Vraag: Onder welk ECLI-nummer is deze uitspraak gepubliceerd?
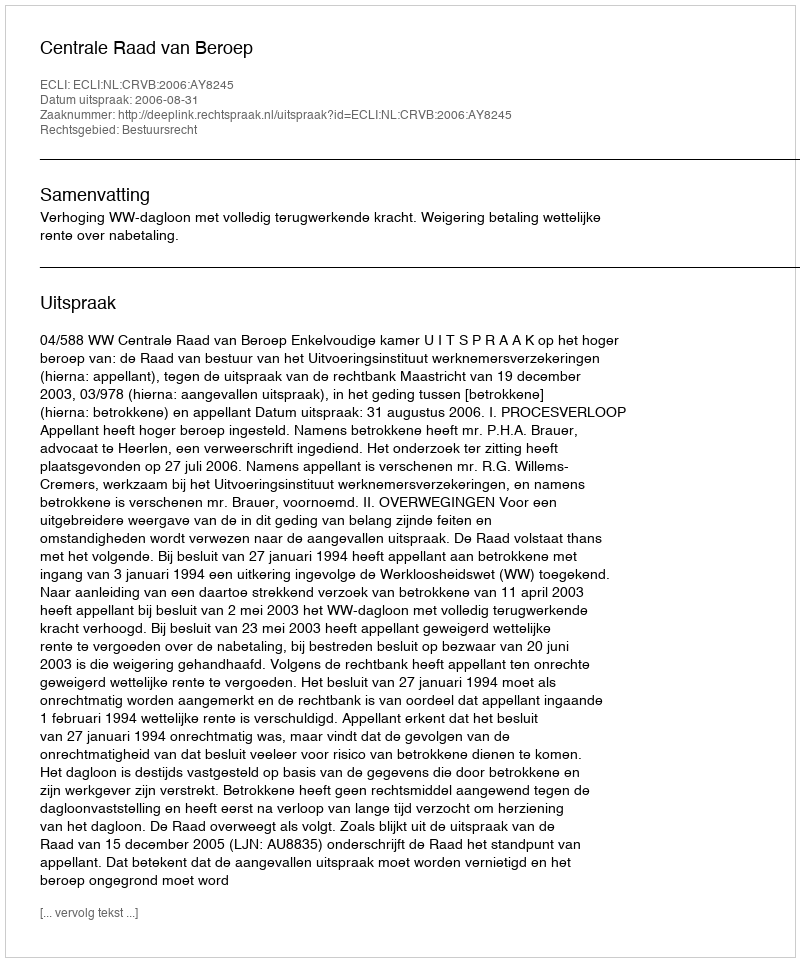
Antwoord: ECLI:NL:CRVB:2006:AY8245